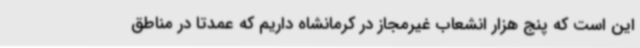
این است که پنج هزار انشعاب غیرمجاز در کرمانشاه داریم که عمدتا در مناطق